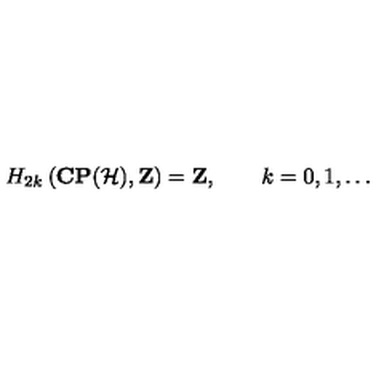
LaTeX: H _ { 2 k } \left( { \bf C P } ( { \cal H } ) , { \bf Z } \right) = { \bf Z } , \qquad k = 0 , 1 , \ldots